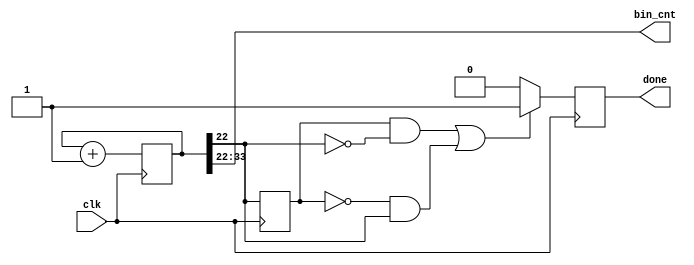
`timescale 1ns / 1ps
//////////////////////////////////////////////////////////////////////////////////
// Company: 
// Engineer: 
// 
// Design Name: 
// Module Name: example_count
// Project Name: 
// Target Devices: 
// Tool Versions: 
// Description: 
// 
// Dependencies: 
// 
// Revision:
// Revision 0.01 - File Created
// Additional Comments:
// 
//////////////////////////////////////////////////////////////////////////////////


/*

module example_count(

input clk,
output done,
output [11:0] bin_cnt);

parameter c_reg_size = 34;

reg [c_reg_size -1:0] count = 0;
reg fin = 0;
reg old_b = 0;


 always @(posedge clk)
    begin
    count <= count+1;
        if((old_b && !count[c_reg_size-12]) || (!old_b && count[c_reg_size-12]))
            begin
            fin <=1;
            end
        else
            begin
            fin <=0;
            end
         old_b <=count[c_reg_size-12];
         end
     
assign bin_cnt =  count[c_reg_size-1: c_reg_size-12];
assign done = fin;   
    
    
    
endmodule*/

module example_count(

input clk,
output done,
output [11:0] bin_cnt);

parameter c_reg_size = 34;

reg [c_reg_size -1:0] count = 0;
reg fin = 0;
reg old_b = 0;


 always @(posedge clk)
    begin
    count <= count+1;
        if((old_b && !count[c_reg_size-12]) || (!old_b && count[c_reg_size-12]))
            begin
            fin <=1;
            end
        else
            begin
            fin <=0;
            end
         old_b <=count[c_reg_size-12];
         end
     
assign bin_cnt =  count[c_reg_size-1: c_reg_size-12];
assign done = fin;   
    
    
    
endmodule